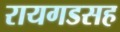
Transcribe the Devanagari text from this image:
रायगडसह